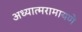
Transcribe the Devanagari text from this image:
अध्यात्मरामायणे